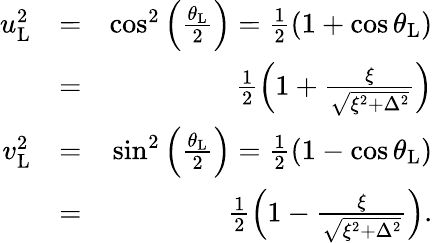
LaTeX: \begin{array}{rlr}{u_{\mathrm{L}}^{2}}&{=}&{\cos^{2}\left(\frac{\theta_{\mathrm{L}}}{2}\right)=\frac{1}{2}\left(1+\cos\theta_{\mathrm{L}}\right)}\\ &{=}&{\frac{1}{2}\left(1+\frac{\xi}{\sqrt{\xi^{2}+\Delta^{2}}}\right)}\\ {v_{\mathrm{L}}^{2}}&{=}&{\sin^{2}\left(\frac{\theta_{\mathrm{L}}}{2}\right)=\frac{1}{2}\left(1-\cos\theta_{\mathrm{L}}\right)}\\ &{=}&{\frac{1}{2}\left(1-\frac{\xi}{\sqrt{\xi^{2}+\Delta^{2}}}\right).}\end{array}